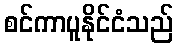
စင်ကာပူနိုင်ငံသည်